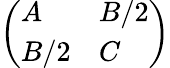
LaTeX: \left({\begin{array}{ll}{A}&{B/2}\\ {B/2}&{C}\end{array}}\right)